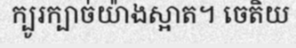
ក្បូរក្បាច់យ៉ាងស្អាត។ ចេតិយ